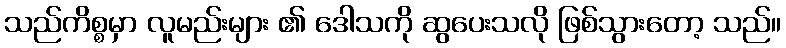
သည်ကိစ္စမှာ လူမည်းများ ၏ ဒေါသကို ဆွပေးသလို ဖြစ်သွားတော့ သည်။